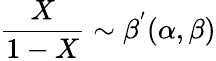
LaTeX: {\frac{X}{1-X}}\sim{\beta^{'}}(\alpha,\beta)